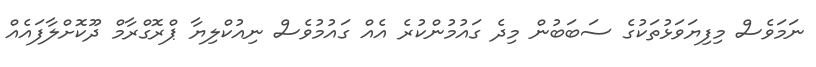
ނަމަވެސް މިފިޔަވަޅުތަކުގެ ސަބަބުން މިދެ ގައުމުންކުރެ އެއް ގައުމުވެސް ނިއުކްލިޔާ ޕްރޮގްރާމް ދޫކޮށްލާފައެއް